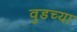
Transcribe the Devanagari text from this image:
वुडच्या